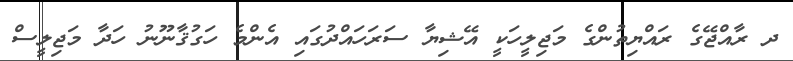
ދ ރާއްޖޭގެ ރައްޔިތުންގެ މަޖިލީހަކީ އޭޝިޔާ ސަރަހައްދުގައި އެންމެ ހަގުޤާނޫނު ހަދާ މަޖިލީސް